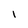
Character: I